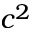
c ^ { 2 }